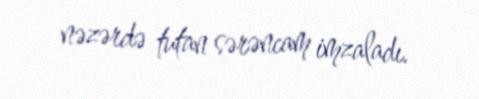
nəzərdə tutan sərəncam imzaladı.